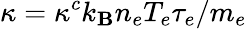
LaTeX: \kappa=\kappa^{c}k_{\mathbf{B}}n_{e}T_{e}\tau_{e}/m_{e}